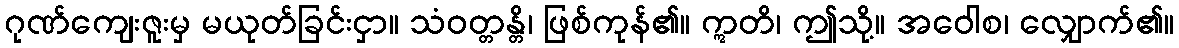
ဂုဏ်ကျေးဇူးမှ မယုတ်ခြင်းငှာ။ သံဝတ္တန္တိ၊ ဖြစ်ကုန်၏။ ဣတိ၊ ဤသို့။ အဝေါစ၊ လျှောက်၏။